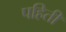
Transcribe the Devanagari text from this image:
पहिती